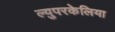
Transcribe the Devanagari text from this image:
ल्युपरकेलिया